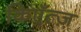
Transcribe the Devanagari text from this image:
किएँत्ज़